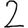
Digit: 2